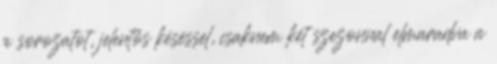
a sorozatot, jelentős késéssel, csaknem két szezonnal elmaradva a